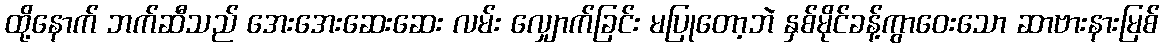
ထို့နောက် ဘက်ဆီသည် အေးအေးဆေးဆေး လမ်း လျှောက်ခြင်း မပြုတော့ဘဲ နှစ်မိုင်ခန့်ကွာဝေးသော ဆာဗားနားမြစ်